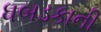
ધબડકાની